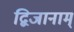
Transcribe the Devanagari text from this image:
द्विजानाम्